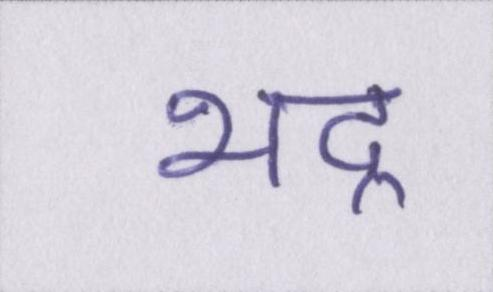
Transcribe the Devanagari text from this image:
भद्र